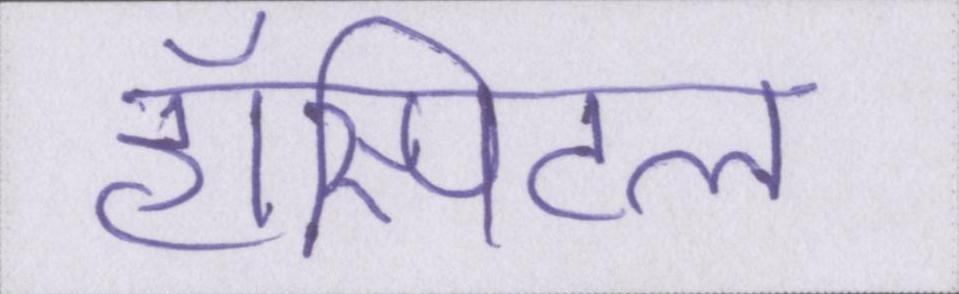
हॉस्पिटल